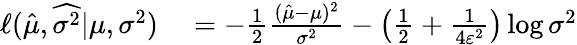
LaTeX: \begin{array}{rl}{\ell(\hat{\mu},\widehat{\sigma^{2}}|\mu,\sigma^{2})}&{{}=-\frac{1}{2}\frac{(\hat{\mu}-\mu)^{2}}{\sigma^{2}}-\left(\frac{1}{2}+\frac{1}{4\varepsilon^{2}}\right)\log{\sigma^{2}}}\end{array}